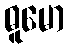
ဓူမော